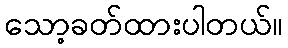
သော့ခတ်ထားပါတယ်။